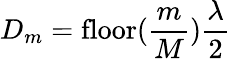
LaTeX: D_{m}=\mathrm{floor}(\frac{m}{M})\frac{\lambda}{2}